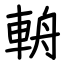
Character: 輈